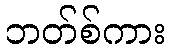
ဘတ်စ်ကား